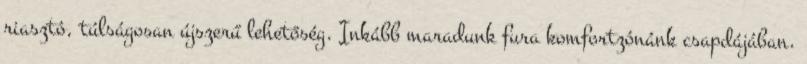
riasztó, túlságosan újszerű lehetőség. Inkább maradunk fura komfortzónánk csapdájában.